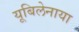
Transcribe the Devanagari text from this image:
यूबिलेनाया